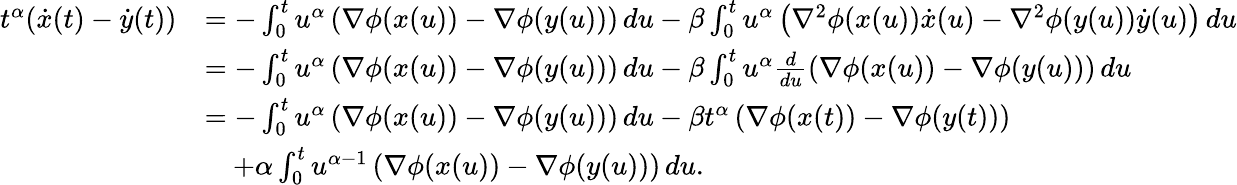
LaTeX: \begin{array}{rl}{t^{\alpha}(\dot{x}(t)-\dot{y}(t))}&{=-\int_{0}^{t}u^{\alpha}\left(\nabla\phi(x(u))-\nabla\phi(y(u))\right)\, du-\beta\int_{0}^{t}u^{\alpha}\left(\nabla^{2}\phi(x(u))\dot{x}(u)-\nabla^{2}\phi(y(u))\dot{y}(u)\right)\, du}\\ &{=-\int_{0}^{t}u^{\alpha}\left(\nabla\phi(x(u))-\nabla\phi(y(u))\right)\, du-\beta\int_{0}^{t}u^{\alpha}\frac{d}{du}\left(\nabla\phi(x(u))-\nabla\phi(y(u))\right)\, du}\\ &{=-\int_{0}^{t}u^{\alpha}\left(\nabla\phi(x(u))-\nabla\phi(y(u))\right)\, du-\beta t^{\alpha}\left(\nabla\phi(x(t))-\nabla\phi(y(t))\right)}\\ &{\quad+\alpha\int_{0}^{t}u^{\alpha-1}\left(\nabla\phi(x(u))-\nabla\phi(y(u))\right)\, du.}\end{array}